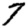
Digit: 7